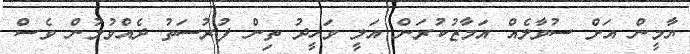
ޔާމީން އަށް ސުވާލެއް އަމާޒުކުރަން އަލީ ވަހީދު ތިން ފުރުސަތު ދެއްވުމުން ވެސް